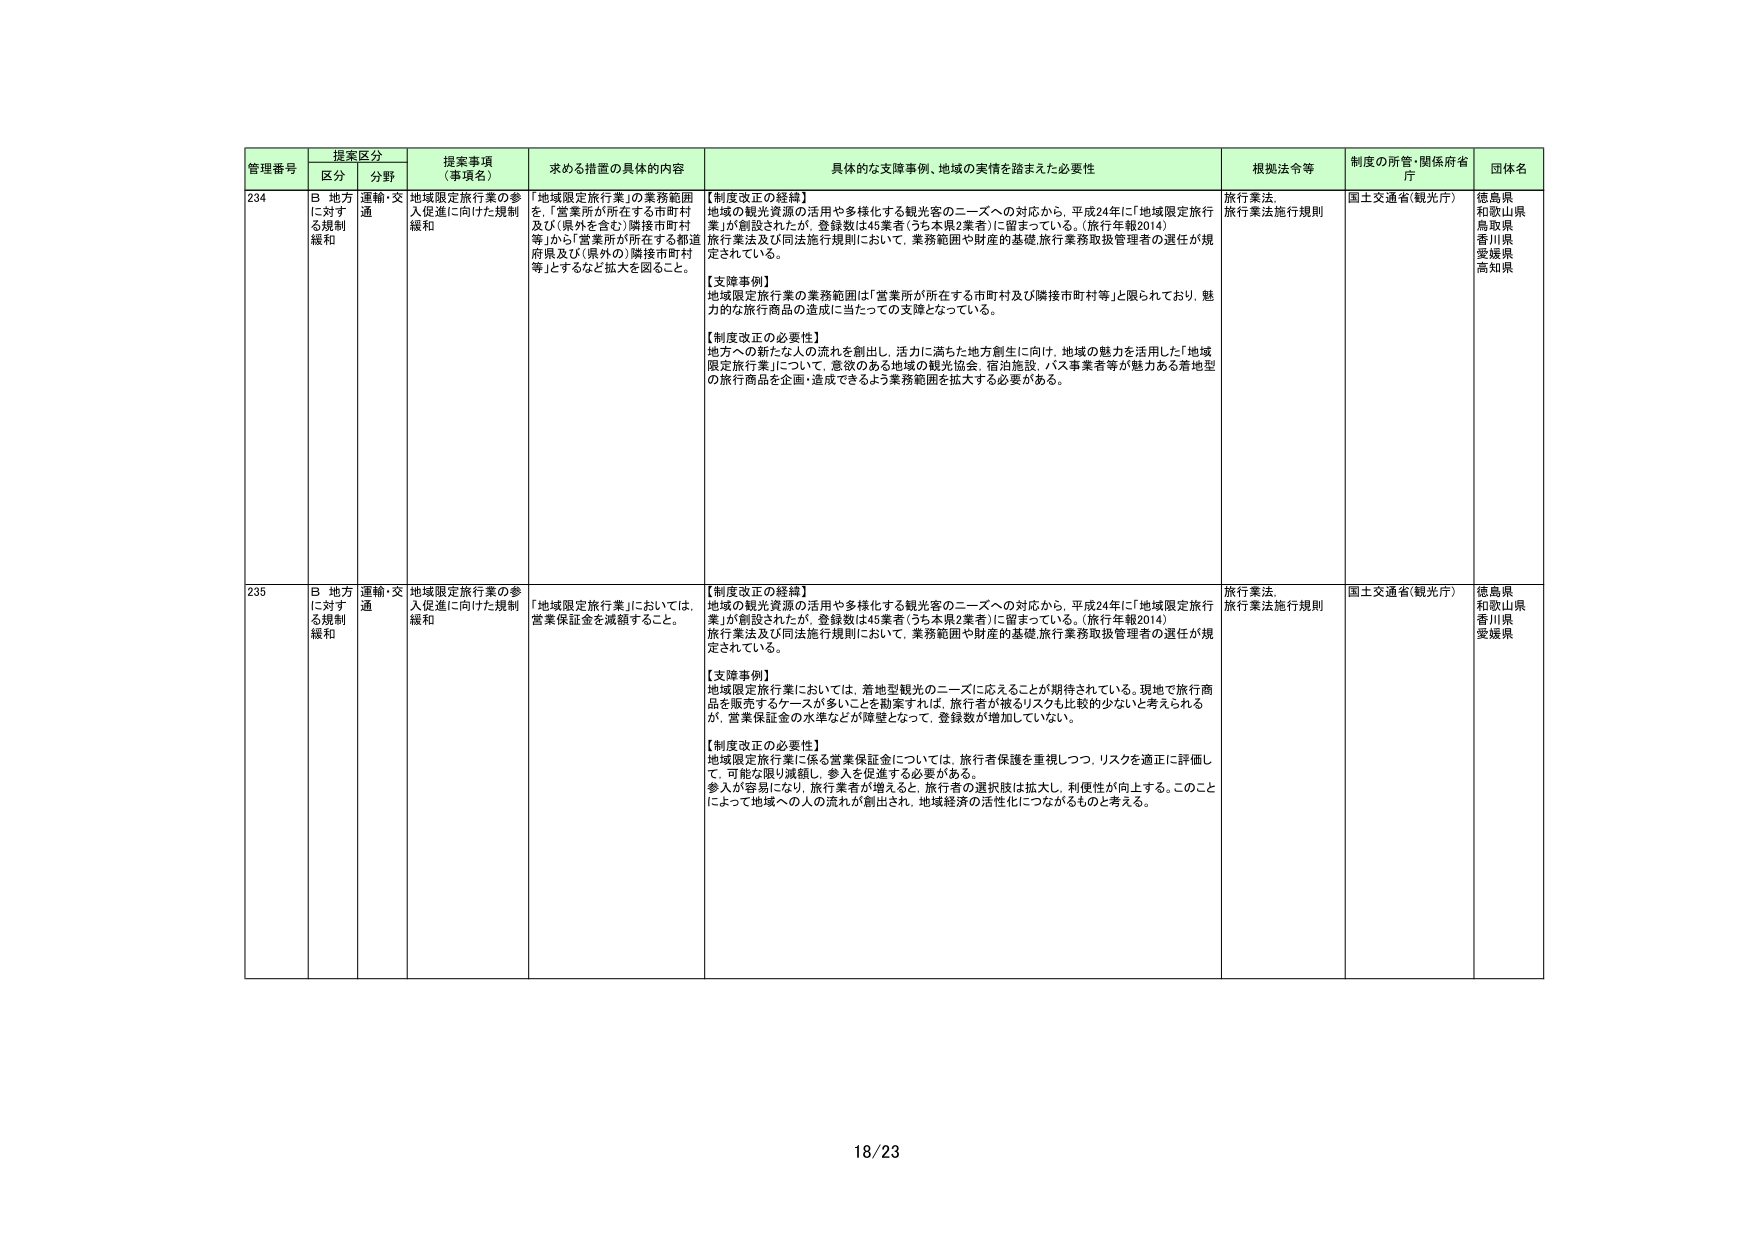
管理番号 提案区分 提案事項（事項名） 求める措置の具体的内容 具体的な支援事例、地域の実情を踏まえた必要性 根拠法令等 制度の所管・関係府省庁 団体名
区分 分野
234 B 地方に対する規制緩和 運輸・交通 地域限定旅行業の参入促進に向けた規制緩和 「地域限定旅行業」の業務範囲を、「営業所が所在する市町村及び（県外を含む）隣接市町村等」から「営業所が所在する都道府県及び（県外の）隣接市町村等」とするなど拡大を図ること。 【制度改正の経緯】 地域の観光資源の活用や多様化する観光客のニーズへの対応から、平成24年に「地域限定旅行業」が創設されたが、登録数は45業者（うち本県2業者）に留まっている。（旅行年報2014） 旅行業法及び同法施行規則において、業務範囲や財産的基礎・旅行業務取扱管理者の選任が規定されている。 【支援事例】 地域限定旅行業の業務範囲は「営業所が所在する市町村及び隣接市町村等」と限られており、魅力的な旅行商品の造成に当たっての支障となっている。 【制度改正の必要性】 地方への新たな人の流れを創出し、活力に満ちた地方創生に向け、地域の魅力を活用した「地域限定旅行業」について、意欲のある地域の観光協会、宿泊施設、バス事業者等が魅力ある着地型の旅行商品を企画・造成できるよう業務範囲を拡大する必要がある。 旅行業法、旅行業法施行規則 国土交通省（観光庁） 徳島県 和歌山県 鳥取県 香川県 愛媛県 高知県
235 B 地方に対する規制緩和 運輸・交通 地域限定旅行業の参入促進に向けた規制緩和 「地域限定旅行業」においては、営業保証金を減額すること。 【制度改正の経緯】 地域の観光資源の活用や多様化する観光客のニーズへの対応から、平成24年に「地域限定旅行業」が創設されたが、登録数は45業者（うち本県2業者）に留まっている。（旅行年報2014） 旅行業法及び同法施行規則において、業務範囲や財産的基礎・旅行業務取扱管理者の選任が規定されている。 【支援事例】 地域限定旅行業においては、着地型観光のニーズに応えることが期待されている。現地で旅行商品を販売するケースが多いことを勘案すれば、旅行者が被るリスクも比較的少ないと考えられるが、営業保証金の水準などが障壁となって、登録数が増加していない。 【制度改正の必要性】 地域限定旅行業に係る営業保証金については、旅行者保護を重視しつつ、リスクを適正に評価し、可能な限り減額し、参入を促進する必要がある。 参入が容易になり、旅行業者が増えると、旅行者の選択肢は拡大し、利便性が向上する。このことによって地域への人の流れが創出され、地域経済の活性化につながるものと考える。 旅行業法、旅行業法施行規則 国土交通省（観光庁） 徳島県 和歌山県 香川県 愛媛県
18/23